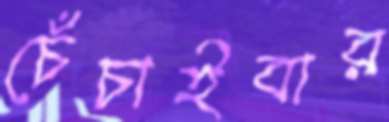
চেঁচাইবার